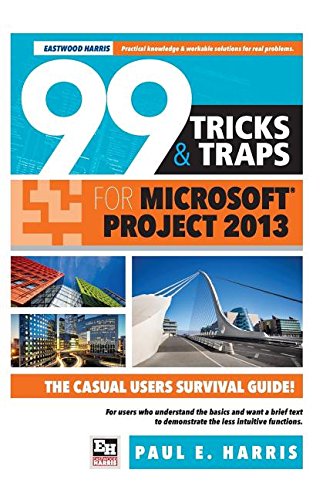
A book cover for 99 Tricks and Traps for  Microsoft Office Project 2013; Paul E Harris; Computers & Technology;